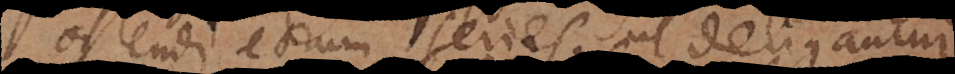
ostendi eorum series, ut deligantur